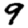
Digit: 9